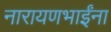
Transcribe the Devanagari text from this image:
नारायणभाईंना